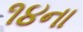
૧૪ના